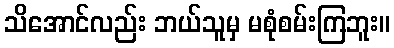
သိအောင်လည်း ဘယ်သူမှ မစုံစမ်းကြဘူး။